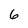
Character: 6